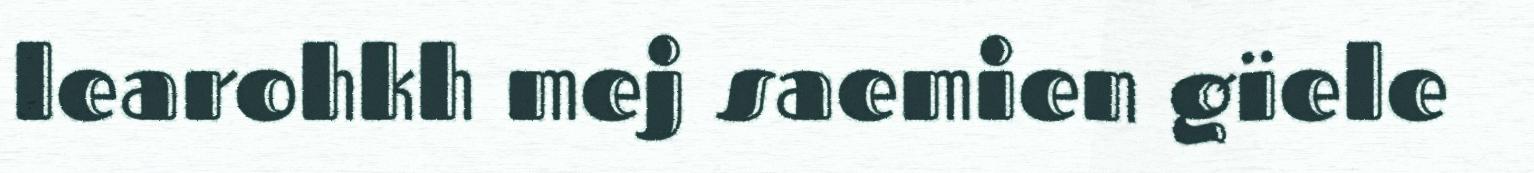
learohkh mej saemien gïele